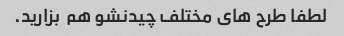
لطفا طرح های مختلف چیدنشو هم  بزارید.